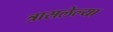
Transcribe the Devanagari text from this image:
त्रासलेल्या